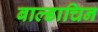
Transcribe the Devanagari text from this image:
बाल्डाचिन